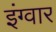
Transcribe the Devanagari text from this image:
इंग्वार